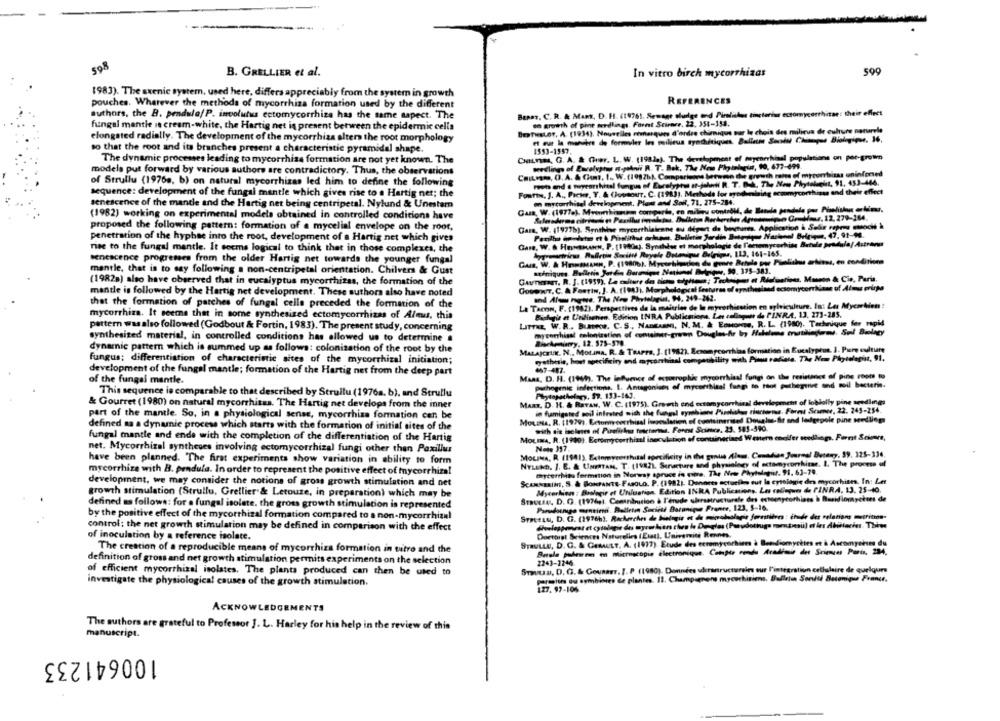
598
B. GRELLIER et al.
599
In vitro birch mycorrhizas
1983). The axenic system, used here, differs appreciably from the system in growth
REFERENCES
pouches. Wherever the methods of mycorrhiza formation used by the different
authors, the B. pendule/ P. involutus ectomycorrhize has the same sapect. The
Beans, C. R. & Mans, D. H. (19761. Sewage sludge and Pirolalas tinctorius ectomycorthisse: their effect
to growth of pine seedlings. Foret Seiner. 22. 354-153.
fungal mantle ie cream-white, the Hartig net is present between the epidermic cella
BERTHELOT, A (1934). Nouvelles remarques d'ordre chimique sur le chois des milieua de culture notarele
elongated radially. The development of the mycorrhiza alters the root morphology
et our le maniere de formuler les meilleua synthétiques. Ballett Sondu Chimpus Biologique, 36,
so that the root and its branches present a characteristic pyramidal shape.
1593-1957.
CHLVas, G. A. & Grer. L. W. (1982.). The development of mycorrhinel populations on por-grown
The dynamic processes leading to mycorrhise formation are not yet known. The
medling of Eucalyptus at-paknii R. T. Bok. The Nem Phytelogin, 90, 677-499.
models put forward by various authors are contradictory. Thus, the observations
Cainem, O. A. & Gun. I ., W.(1982b)- Comparisons bereme the growth rate of mycorrhizas uninforsed
mots and a tuyearshvisal fungus of Eucalyptus er-johnil R. T. Bak. The New Phytolucht, 91, 453-466.
of Strullu (1976a, b) on natural mycorrhizas led him to define the following
sequence: development of the fungal mantle which gives rise to a Hartig net; the
Fontane, J. A ., Poche, Y. & Cloveour. C. (1983). Methods for ayodhuelaing scgomycorthisas and their effect
on mytorthisel development, Plant and Soll, 71, 275-284.
senescence of the mantle and the Hartig net being centripetal. Nylund & Unetam
Cars, W. (1977a). Myworkingin comparda, en milieu ctmtsblé, de Banda pandala por Pinolithun artima.
(1982) working on experimental modela obtained in controlled conditions have
proposed the following pattern: formation of a mycelial envelope on the root,
Cara, W. (1977b). Synthise mycerthisirane ou départ de bevares. Application & Sebe repres stoch &
penetration of the hyphae into the root, development of a Hartig net which gives
Gare, W. & Husmann, P. (1940c). Synabdse et morphologie de l'artemycorhias Bundle pendula/ Astrana
rise to the fungal mantle. It seems logical to think that in those complexes, the
kygreatvirus. Rulletin Société Royale Dotanque Befrimus, 113, 161-165.
senescence progresses from the older Hartig net towards the younger fungal
Gus, W. & Housesen, P. (19806). Mycsehischen du genre Betulle por Publishes arbiens, en conditions
mantle, that is to say following a non-centripetal orientation. Chilvers & Gust
(1982g) also have observed that in eucalyptus mycorrhizas, the formation of the
Gunnar, R. J. (1957), La calture de ticho tophous; Techeines et Rictuations. Manson & Cie, Paris,
GouenIT, C. & Foerin, J. A. (1943), Morphological features of ognichesland ectomycorrhiann of Almus prints
mantle is followed by the Hartig net development. These authors also have noted
med Aunque. The Now Phytalogin, H. 249-242.
that the formation of parches of fungal celle preceded the formation of the
La Tacon, F. (1982), Perspectives dle la maîtrise de le myrethicstion en sylviculture. In: Les Myesebien :
mycorrhiza. It seems that in some synthesized ectomycorrhizas of Almus, this
Piskgir et Undisenen. Edition INRA Publiniona, Let collagen & PINRA, 13. 273-285.
LITTaz, W.R .. Bunece. C. S ., Nantesen, N. M. & Eamones, R. L. (1980). Technique fer rapid
pattern wasalso followed (Godbout & Fortin, 1983). The present study, concerning
mycorhisat colonization of container-grown Douglas-Ar by Habeleme mathejtman, Soil Biology
synthesized material, in controlled conditions has allowed us to determine a
Bisekmarry, 12. 575-579.
dynamic pattern which is summed up as follows: colonisation of the root by the
MALAJCHUK. N ., Motana, R. & Taurrs, J. (1982), Resomycorrhiaa formation in Eucalyptus. 1. Pure cudture
fungus; differentiation of characteristic sites of the mycorrhizal initiation;
gothesie, hout specificiry and mycorrhiaal compatibility with Plus radiata. The Nom Phytolagis, 91.
development of the fungal mantle; formation of the Hartig net from the deep part
447-417.
of the fungal mantle.
Maas, D. H. (1949). The lefumer of ectorrophic mycorrhisal fungi on the resistance of pine roots to
pathogenic infections. I. Antagonison of mycorrbital fungi to tiot puthegrove and soil bacterie.
This sequence io comparable to that described by Struilu (1976a. b), and Strullu
Phytopathology, 57. 133-143.
& Gourret (1980) on natural mycorrhitas. The Hartig net develops from the inner
MART, D. H. & Baraw. W. C. (1975). Growth end ectomycorrhimal development of loblolly pine seedlings
in fumigsted soil infested with the fungol vyrobione Pirolukas rincinema. Farmi Sewer, 22. 243-254.
part of the mantle. So, in a physiological sense, mycorrhiza formation can be
MOLINA, R. (1979), Ectorm cocrisisal Inoculation of containerised Douglas-Air and lodgepole pine seedlings
defined aa a dynamic process which starts with the formation of initial sites of the
with die iseleses of Purefickss toseterma. Forest Scinus. 23. 583-596.
fungal mantle and ende with the completion of the differentiation of the Hartig
MoLIA, R. (1980). Ectomycerthizel inoculation of containerined Western cheifer seedlings. Forrt Sciumra,
Note 317.
net. Mycorrhizal syntheses involving ectomycorrhizal fungi other than Paxillus
MOLINA, R. (1941). Extomycorthatal specificity in the gunus Alem, Canadian Journal Betary, 59, 325-336.
have been planned. The first experiments show variation in ability to form
NYLUND. J. E. & UNERTAM, T. (1982). Senacture and physiology of actomycorrhizae. I. The process of
mycorrhize with B. pendula. In order to represent the positive effect of mycorrhiza!
cycerchisa formation in Norway spruce in vitro. The Nos Phytolegat. 91, 63-79.
development, we may consider the notions of gross growth stimulation and net
SCANNERINI, S. & BonFaste-Fasouo. P. (1982). Donnees actuelles out le cytologie des mycorhises. In: Les
Mycorbion : Biologie et Unlustion, Edition INRA Publications, La rollen & PINRA, 13, 25-40.
growth stimulation (Strullu, Grellier"& Letouze, in preparation) which may be
STRONAA. D. O. (1976). Ceminilmitico à l'étude ulerstructurele des ertomyrorhints à Basidiomychees de
defined as follows: for a fungal isolate. the gross growth stimulation is represented
Pardounigo mentini. Bolleten Societe Botanique France, 123, 5-16.
by the positive effect of the mycorrhizal formation compared to a non-mycorrhizal
STREELU, D. G. (1976h). Recherches de biologie et de microbiologie forstider : chude des relations metritros-
control: the net growth stimulation may be defined in comparison with the effect
Doctorat Sciences Naturelles (Est), Univenit Rones.
of inoculation by a reference isolate.
STRULLE, D. G. & GEMAELT, A. (1977). Etude des ecromycorhiees à Benidiomycktes et & Ascomyekses du
The creation of a reproducible means of mycorrhiza formation in vitro and the
Butala pullesem en microscopie électronique. Compte rendu Academie det Scimmies Paris, 234,
definition of gross and net growth stimulation permits experiments on the selection
2243-2246
STAD, D. G. & Gounaer, I. P (1980). Données uderantructrains sur l'intégration cethilaire de quelques
of efficient mycorrhizal isolates. The plants produced can then be used to
paragions ou symbioies de plantes. 12. Champagners mycorhitiens. Bulletus Sonlti Botanique France,
investigate the physiological causes of the growth stimulation.
127.97-106
ACKNOWLEDGEMENTS
The authors are grateful to Professor J. L. Harley for his help in the review of this
manuscript.
100641233